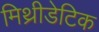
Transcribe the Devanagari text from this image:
मिथ्रीडेटिक